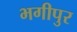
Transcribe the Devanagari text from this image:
भगीपुर